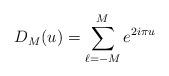
LaTeX: \begin{align*}D_M(u)=\sum_{\ell=-M}^M e^{2i\pi u}\end{align*}